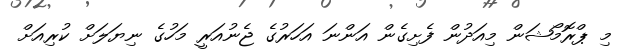
މި ޕްރޮމޯޝަން މިއަދުން ފެށިގެން އަންނަ އަހަރުގެ ޖެނުއަރީ މަހުގެ ނިޔަލަށް ކުރިއަށް